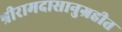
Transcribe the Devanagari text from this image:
श्रीरामदासानुग्रहीत